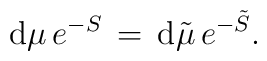
{\rm d}\mu \, e^{-S} \,= \,  {\rm d}{\tilde \mu} \, e^{-{\tilde S}}.